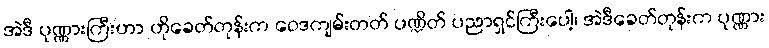
အဲဒီ ပုဏ္ဏားကြီးဟာ ဟိုခေတ်တုန်းက ဝေဒကျမ်းတတ် ပဏ္ဍိတ် ပညာရှင်ကြီးပေါ့၊ အဲဒီခေတ်တုန်းက ပုဏ္ဏား